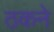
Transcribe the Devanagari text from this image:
ठकने